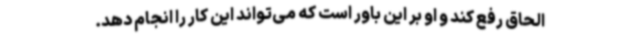
الحاق رفع کند و او بر این باور است که می‌تواند این کار را انجام دهد.